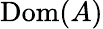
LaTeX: \operatorname{Dom}(A)